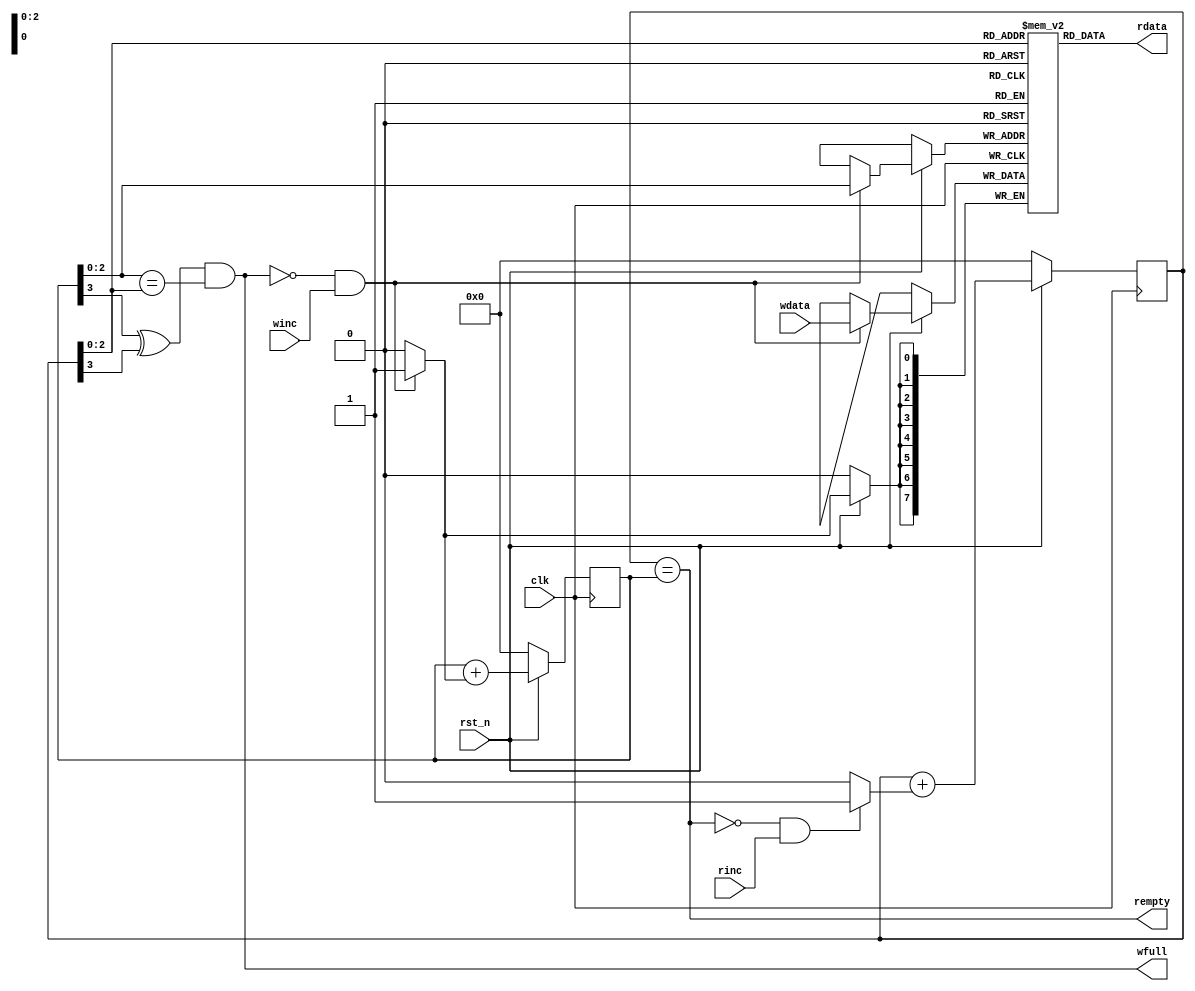
module FIFO_synq #(parameter width = 8,
                   parameter depth = 3)
                  (input wire             clk,rst_n,
                   input wire             winc,rinc,
                   input wire[width-1:0]  wdata,
                   output wire            wfull,rempty,
                   output wire[width-1:0] rdata);

    reg[width-1:0] mem[2**depth-1:0];
    reg[depth:0]   pwrite,pread;
    wire[depth:0]  pwrite_next,pread_next;

    always @(posedge clk) begin
        if(!rst_n)begin
            pwrite <= 0;
            pread  <= 0;
        end
        else begin
            pwrite <= pwrite_next;
            pread  <= pread_next; 
        end
    end

    always @(posedge clk) begin
        if(rst_n)begin
            if((~wfull)&winc)begin
                mem[pwrite[depth-1:0]] <= wdata;
            end
        end
    end


    assign pwrite_next[depth:0] = pwrite[depth:0] + ((~wfull)&winc?1'b1:1'b0);
    assign pread_next[depth:0]  = pread[depth:0]  + ((~rempty)&rinc?1'b1:1'b0);

    assign wfull  = (pwrite[depth]^pread[depth])&(pwrite[depth-1:0] == pread[depth-1:0]);
    assign rempty = pread[depth:0] == pwrite[depth:0];

    assign rdata  = mem[pread[depth-1:0]];

endmodule